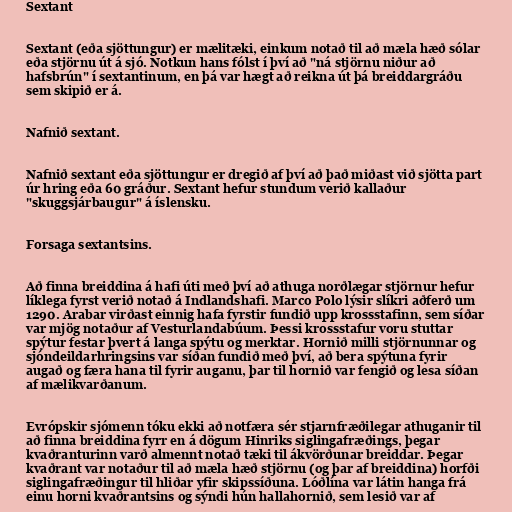
Sextant

Sextant (eða sjöttungur) er mælitæki, einkum notað til að mæla hæð sólar
eða stjörnu út á sjó. Notkun hans fólst í því að "ná stjörnu niður að
hafsbrún" í sextantinum, en þá var hægt að reikna út þá breiddargráðu
sem skipið er á.

Nafnið sextant.

Nafnið sextant eða sjöttungur er dregið af því að það miðast við sjötta part
úr hring eða 60 gráður. Sextant hefur stundum verið kallaður
"skuggsjárbaugur" á íslensku.

Forsaga sextantsins.

Að finna breiddina á hafi úti með því að athuga norðlægar stjörnur hefur
líklega fyrst verið notað á Indlandshafi. Marco Polo lýsir slíkri aðferð um
1290. Arabar virðast einnig hafa fyrstir fundið upp krossstafinn, sem síðar
var mjög notaður af Vesturlandabúum. Þessi krossstafur voru stuttar
spýtur festar þvert á langa spýtu og merktar. Hornið milli stjörnunnar og
sjóndeildarhringsins var síðan fundið með því, að bera spýtuna fyrir
augað og færa hana til fyrir auganu, þar til hornið var fengið og lesa síðan
af mælikvarðanum.

Evrópskir sjómenn tóku ekki að notfæra sér stjarnfræðilegar athuganir til
að finna breiddina fyrr en á dögum Hinriks siglingafræðings, þegar
kvaðranturinn varð almennt notað tæki til ákvörðunar breiddar. Þegar
kvaðrant var notaður til að mæla hæð stjörnu (og þar af breiddina) horfði
siglingafræðingur til hliðar yfir skipssíðuna. Lóðlína var látin hanga frá
einu horni kvaðrantsins og sýndi hún hallahornið, sem lesið var af